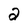
Character: 2